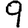
Digit: 9